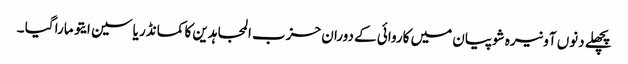
پچھلے دنوں آونیرہ شوپیان میں کاروائی کے دوران حزب المجاہدین کا کمانڈر یاسین ایتو مارا گیا ۔